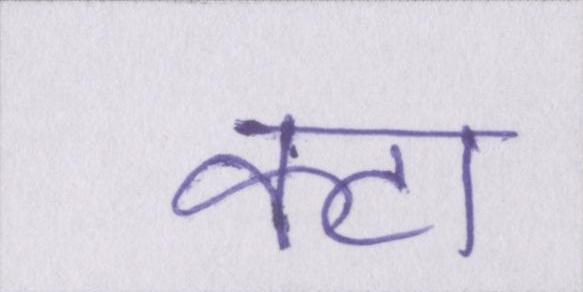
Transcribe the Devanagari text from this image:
कटा